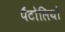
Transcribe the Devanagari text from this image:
पैंटोलियों